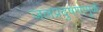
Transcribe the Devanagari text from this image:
जलप्रदुषणामुळे